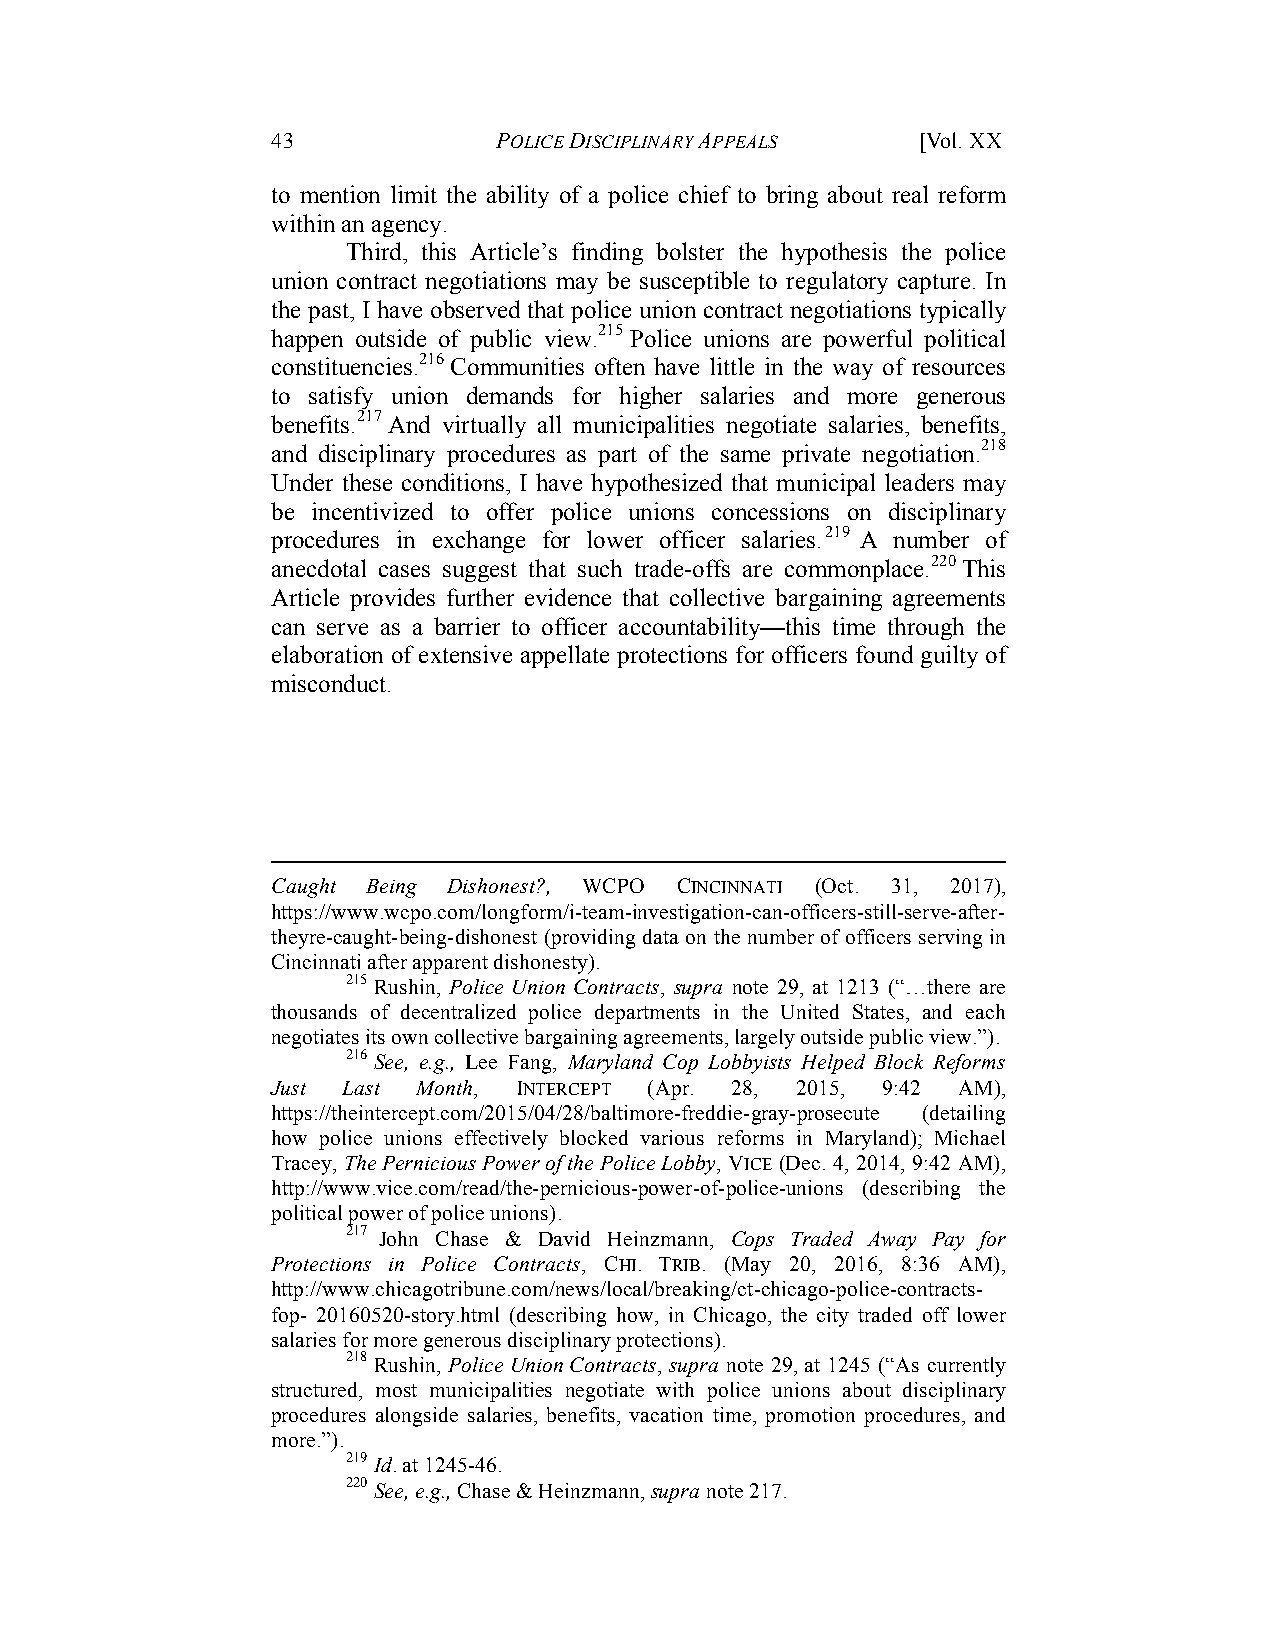
43             POLICE DISCIPLINARY APPEALS [Vol. XX
 to mention limit the ability of a police chief to bring about real reform
 within an agency.
 Third, this Article’s finding bolster the hypothesis the police
 union contract negotiations may be susceptible to regulatory capture. In
 the past, I have observed that police union contract negotiations typically
 happen outside of public view.215 Police unions are powerful political
 constituencies.216 Communities often have little in the way of resources
 to satisfy union demands for higher salaries and more generous
 benefits.217 And virtually all municipalities negotiate salaries, benefits,
 and disciplinary procedures as part of the same private negotiation.218
 Under these conditions, I have hypothesized that municipal leaders may
 be incentivized to offer police unions concessions on disciplinary
 procedures in exchange for lower officer salaries.219 A number of
 anecdotal cases suggest that such trade-offs are commonplace.220 This
 Article provides further evidence that collective bargaining agreements
 can serve as a barrier to officer accountability—this time through the
 elaboration of extensive appellate protections for officers found guilty of
 misconduct.
 Caught Being Dishonest?, WCPO CINCINNATI (Oct. 31, 2017),
 https://www.wcpo.com/longform/i-team-investigation-can-officers-still-serve-after-
 theyre-caught-being-dishonest (providing data on the number of officers serving in
 Cincinnati after apparent dishonesty).
 215 Rushin, Police Union Contracts, supra note 29, at 1213 (“…there are
 thousands of decentralized police departments in the United States, and each
 negotiates its own collective bargaining agreements, largely outside public view.”).
 216 See, e.g., Lee Fang, Maryland Cop Lobbyists Helped Block Reforms
 Just Last Month, INTERCEPT (Apr. 28, 2015, 9:42 AM),
 https://theintercept.com/2015/04/28/baltimore-freddie-gray-prosecute (detailing
 how police unions effectively blocked various reforms in Maryland); Michael
 Tracey, The Pernicious Power of the Police Lobby, VICE (Dec. 4, 2014, 9:42 AM),
 http://www.vice.com/read/the-pernicious-power-of-police-unions (describing the
 political power of police unions).
 217 John Chase & David Heinzmann, Cops Traded Away Pay for
 Protections in Police Contracts, CHI. TRIB. (May 20, 2016, 8:36 AM),
 http://www.chicagotribune.com/news/local/breaking/ct-chicago-police-contracts-
 fop- 20160520-story.html (describing how, in Chicago, the city traded off lower
 salaries for more generous disciplinary protections).
 218 Rushin, Police Union Contracts, supra note 29, at 1245 (“As currently
 structured, most municipalities negotiate with police unions about disciplinary
 procedures alongside salaries, benefits, vacation time, promotion procedures, and
 more.”).
 219 Id. at 1245-46.
 220 See, e.g., Chase & Heinzmann, supra note 217.